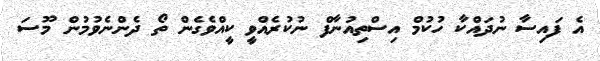
އެ ފައިސާ ނުދައްކާ ހުކުމް އިސްތިއުނާފް ނުކުރެއްވީ ކީއްވެގެން ތޯ ދެންނެވުމުން މޫސަ